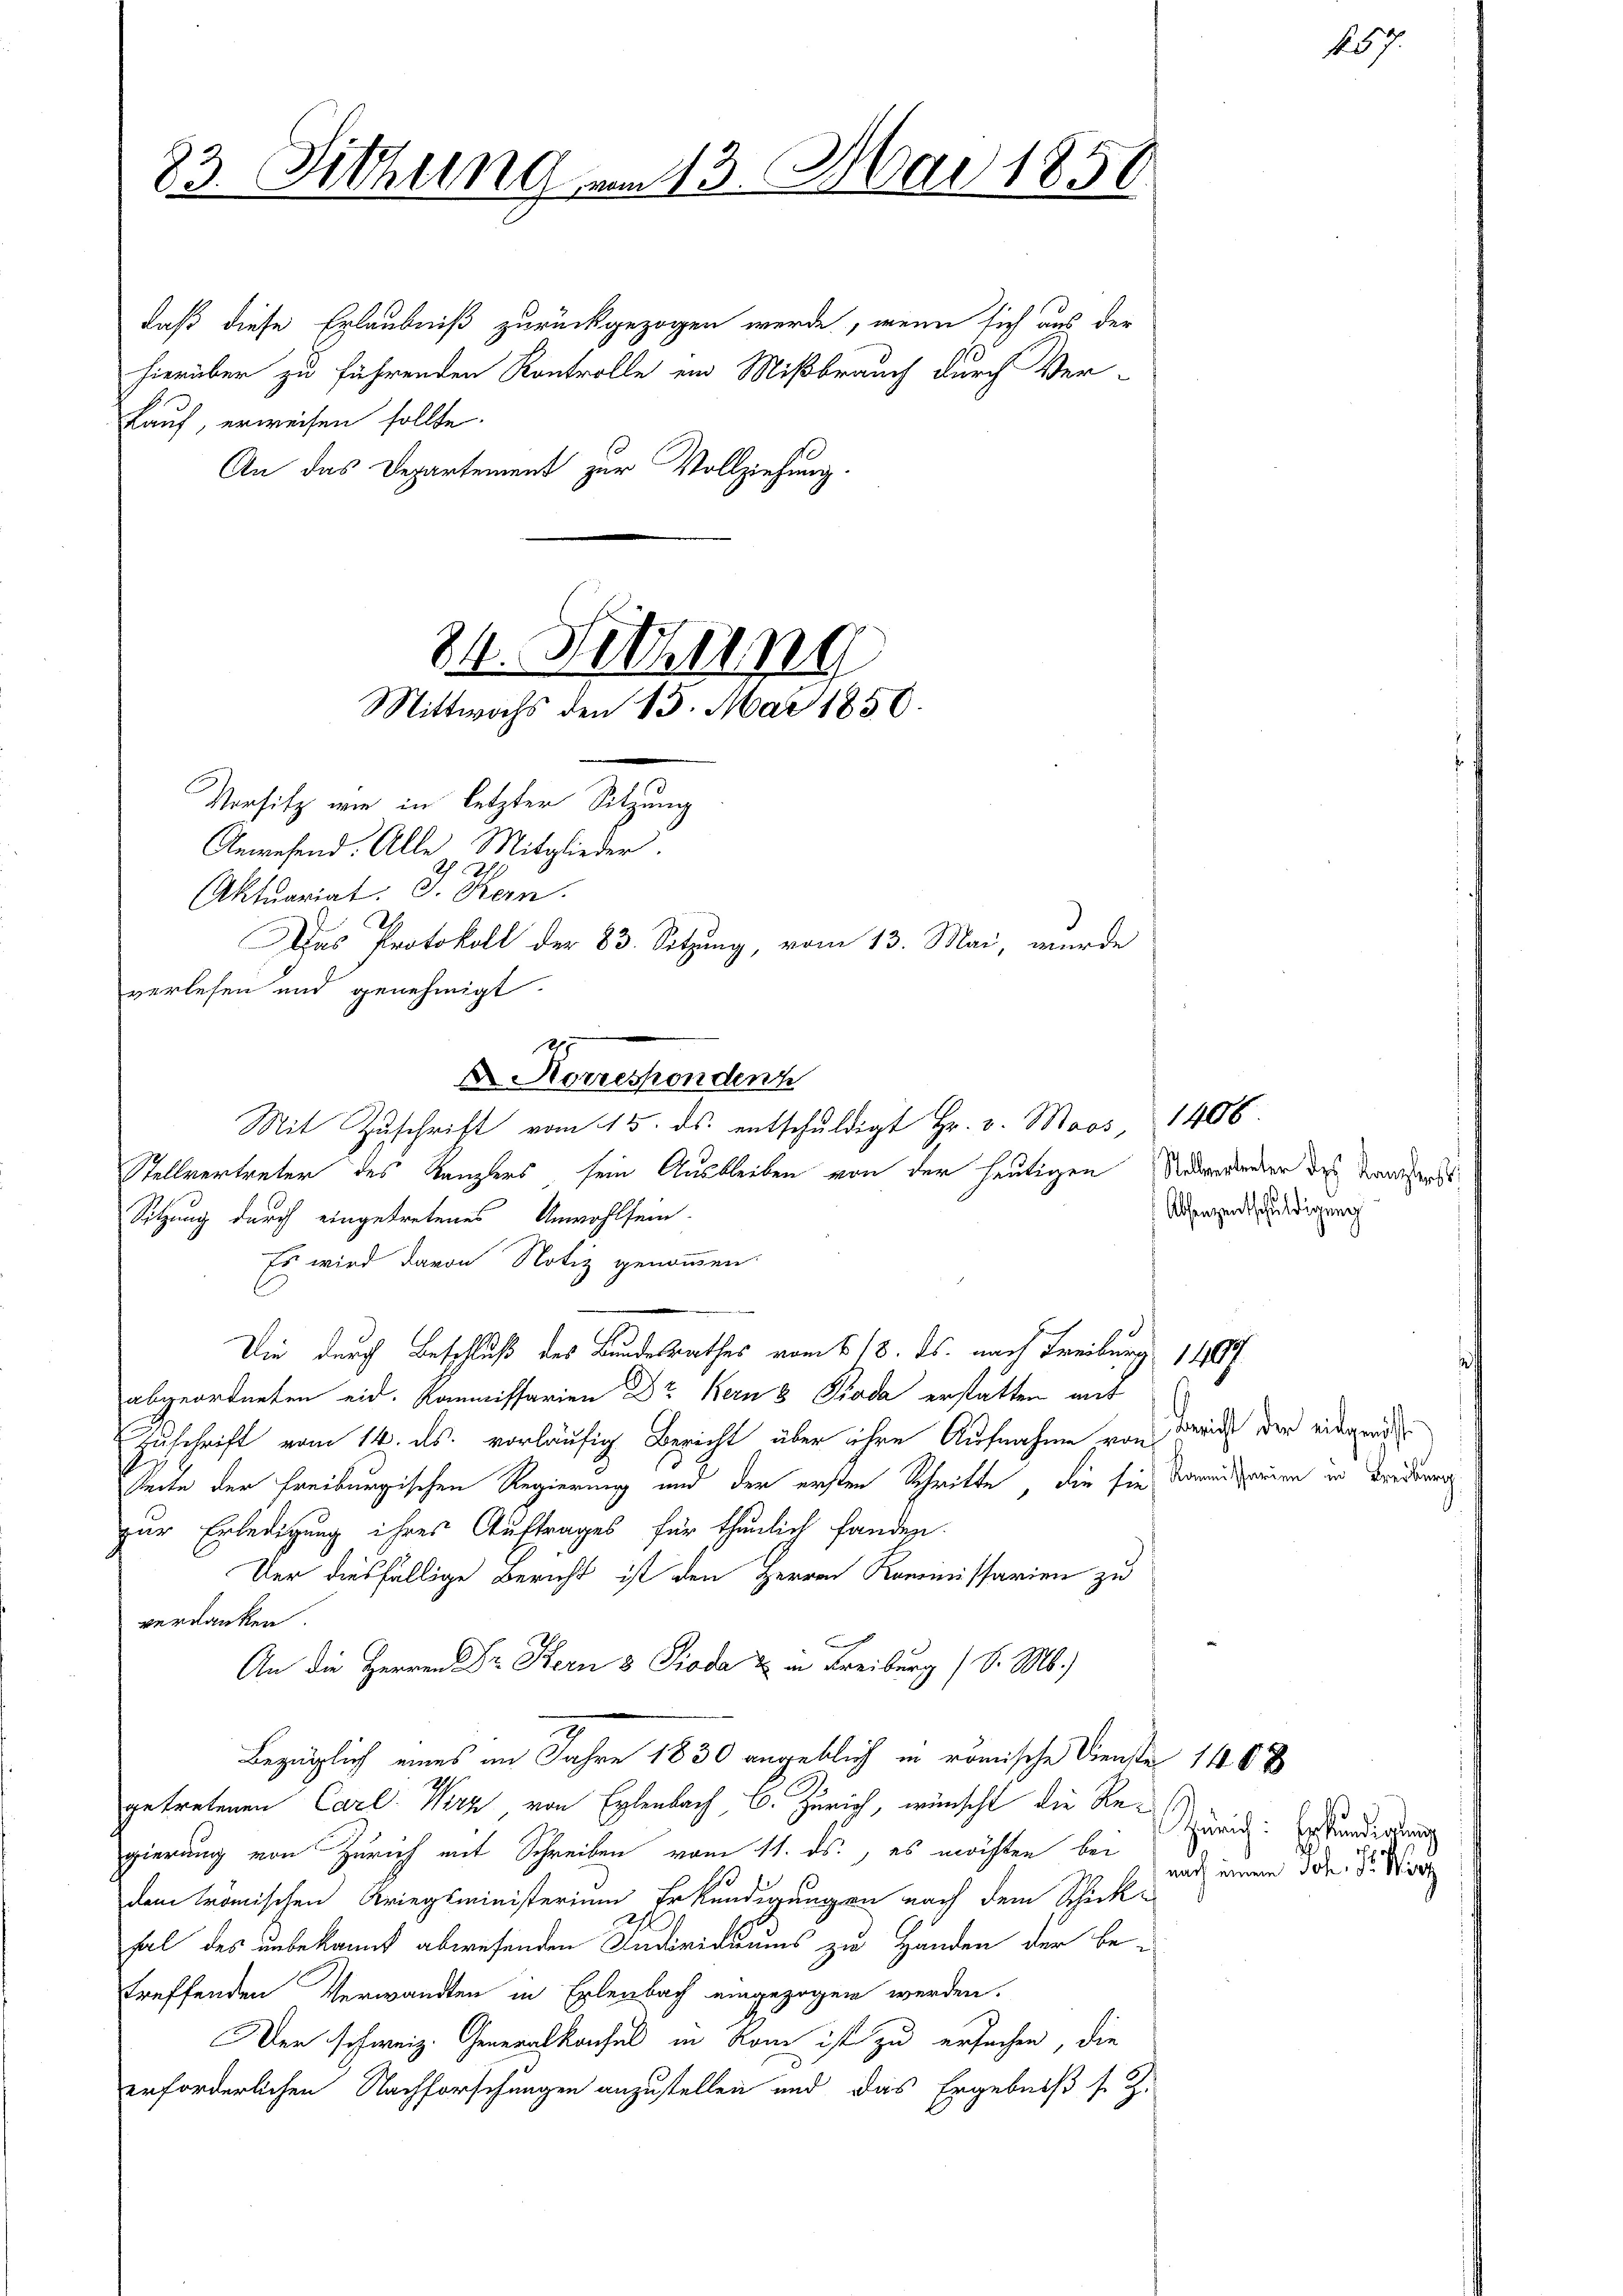
daß diese Erlaubniß zurückgezogen werde, wenn sich aus der
hierüber zu führenden Kontrolle ein Mißbrauch durch Ver-
Kauf, erweisen sollte.
An das Departement zur Vollziehung.

83. Sitzung am 13. Mai 1856

34. Sitzung
Mittwochs den 13. Mai 1850.

2
 Korrespondenz

Versitz wie in letzter Sitzung
Anwesend. Alle Mitglieder.
Aktuariat. J. Kern
I
Das Protokoll der 83. Sitzung, vom 13. Mai, wurde
verlesen und genehmigt.
Mit Zuschrift vom 15. ds. entschuldigt Hr. v. Moos, 1406.
Stellvertreter des Kanzlers sein Ausbleiben von der heutigen Redewerbeiter des Sanders
Sitzung durch eingetretenes Unwohlsein.
Es wird davon Notiz genommen
Die durch Beschluß des Bundesrathes vom 118. ds. nach Freiburg 1807
abgeordneten eid. Kommissarien Dr Kern 3 Pioda erstatten mit
Zuschrift vom 14. ds. vorläufig Bericht über ihre Aufnahme von
Seite der Freiburgischen Regierung und der ersten Schritte, die sie dann seien in Bedenen
zur Erledigung ihres Auftrages für thunlich fanden.
Der diesfällige Bericht ist den Herren Kommissarien zu
verdanken.
n
An die Herren Dr. Bern 3 Pioda & in Breiburg (S. M.)
Bezüglich eines im Jahre 1830 angeblich in römische Dienste 140 x
getretenen Carl Wirz von Erlenbach, C. Zürich, wünscht die Regierung von Zürich mit Schreiben vom 11. ds., es möchten bei
dem römischen Kriegsministerium Erkundigungen nach dem Schick-
fal des unbekannt abwesenden Individuums zu Handen der betreffenden Verwandten in Erlenbach eingezogen werden.
Der schweiz. Generalkonfel in kam ist zu ersuchen, die
erforderlichen Nachforschungen anzustellen und das Ergebniß s. g.

Absenzentschuldigung

Bericht der eidgenöss

Zürich: Erkundigung
nach einen Joh. J. Wirz

267.